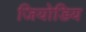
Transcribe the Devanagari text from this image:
जियोडिय